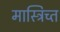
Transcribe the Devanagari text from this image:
मास्त्रिच्त